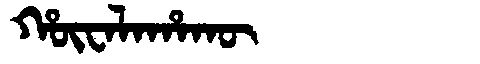
Manchu: ᡥᡡᠸᠠᠯᠠᡥᠠᡴᡡ
Romanization: HŪWALAHAKŪ